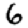
Digit: 6